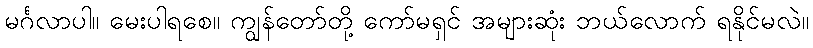
မင်္ဂလာပါ။ မေးပါရစေ။ ကျွန်တော်တို့ ကော်မရှင် အများဆုံး ဘယ်လောက် ရနိုင်မလဲ။